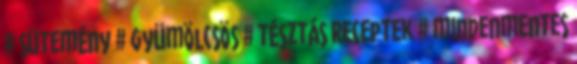
# sütemény # gyümölcsös # tésztás receptek # mindenmentes